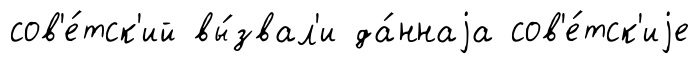
сов'е́тск'ий вы́звал'и да́ннаjа сов'е́тск'иjе